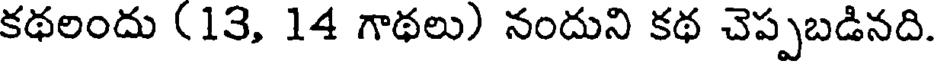
కథలందు (13, 14 గాథలు) నందుని కథ చెప్పబడినది.